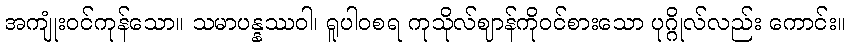
အကျုံးဝင်ကုန်သော။ သမာပန္နဿဝါ၊ ရူပါဝစရ ကုသိုလ်ဈာန်ကိုဝင်စားသော ပုဂ္ဂိုလ်လည်း ကောင်း။